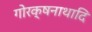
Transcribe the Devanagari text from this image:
गोरक्षनाथादि